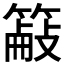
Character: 𫂜